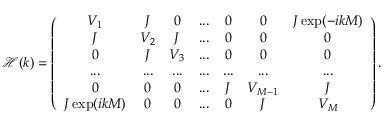
\mathcal { H } ( k ) = \left( \begin{array} { c c c c c c c } { V _ { 1 } } & { J } & { 0 } & { . . . } & { 0 } & { 0 } & { J \exp ( - i k M ) } \\ { J } & { V _ { 2 } } & { J } & { . . . } & { 0 } & { 0 } & { 0 } \\ { 0 } & { J } & { V _ { 3 } } & { . . . } & { 0 } & { 0 } & { 0 } \\ { . . . } & { . . . } & { . . . } & { . . . } & { . . . } & { . . . } & { . . . } \\ { 0 } & { 0 } & { 0 } & { . . . } & { J } & { V _ { M - 1 } } & { J } \\ { J \exp ( i k M ) } & { 0 } & { 0 } & { . . . } & { 0 } & { J } & { V _ { M } } \end{array} \right) .